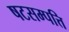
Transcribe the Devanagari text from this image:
षटसम्पत्ति